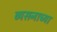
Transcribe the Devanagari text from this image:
व्यसनाच्या